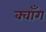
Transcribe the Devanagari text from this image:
क्वाँग